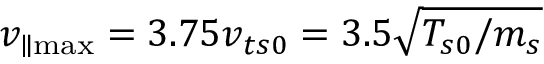
v _ { \parallel \operatorname* { m a x } } = 3 . 7 5 v _ { t s 0 } = 3 . 5 \sqrt { T _ { s 0 } / m _ { s } }